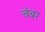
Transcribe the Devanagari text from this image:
चंबर